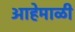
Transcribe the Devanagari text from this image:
आहेमाळी